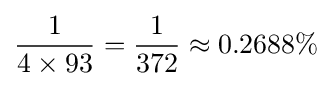
{\frac {1}{4\times 93}}={\frac {1}{372}}\approx 0.2688\%